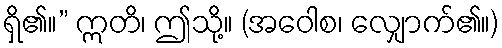
ရှိ၏။” ဣတိ၊ ဤသို့။ (အဝေါစ၊ လျှောက်၏။)